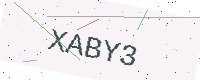
Text: XABY3